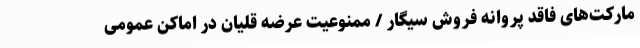
مارکت‌های فاقد پروانه فروش سیگار / ممنوعیت عرضه قلیان در اماکن عمومی